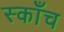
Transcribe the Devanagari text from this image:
स्काँच